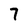
Character: 7